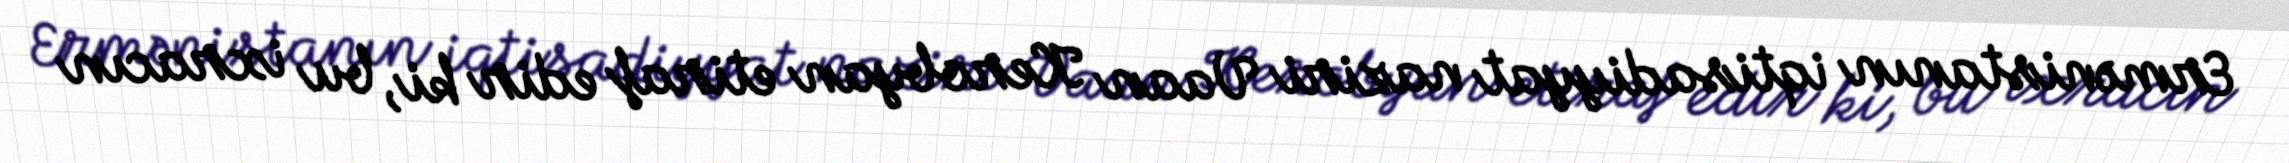
Ermənistanın iqtisadiyyat naziri Vaan Kerobyan etiraf edir ki, bu ixracın